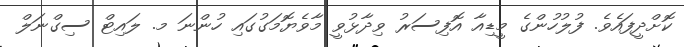
ކޮށްދީފައެވެ. ފުލުހުންގެ މީޑިއާ އޮފިސަރު ވިދާޅުވީ މާވެޔޮމަގުގައި ހުންނަ މ. ލައިޓް ސިގްނަލް